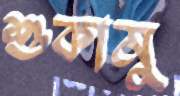
শুকামু